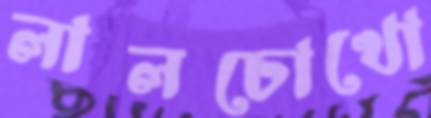
লালচোখো